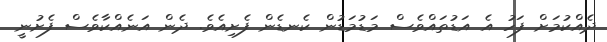
ދެއްކުމަށް ފަހު އެ އަޑުތައްވެސް މަޑުމަޑުން ކެނޑެން ފެށިއެވެ. ދެން އަނެއްކާވެސް ފެށުނީ